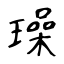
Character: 璪